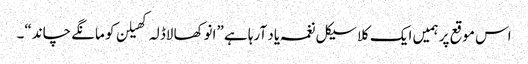
اس موقع پر ہمیں ایک کلاسیکل نغمہ یاد آرہا ہے ”انوکھا لاڈلہ کھیلن کو مانگے چاند“۔